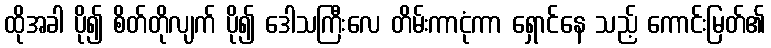
ထိုအခါ ပို၍ စိတ်တိုလျက် ပို၍ ဒေါသကြီးလေ တိမ်းကာငုံကာ ရှောင်နေ သည့် ကောင်းမြတ်၏